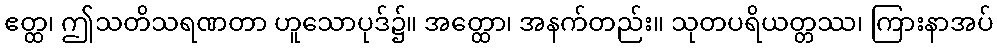
ဧတ္ထ၊ ဤသတိသရဏတာ ဟူသောပုဒ်၌။ အတ္ထော၊ အနက်တည်း။ သုတပရိယတ္တဿ၊ ကြားနာအပ်